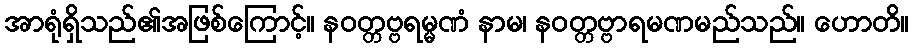
အာရုံရှိသည်၏အဖြစ်ကြောင့်။ နဝတ္တဗ္ဗရမ္မဏံ နာမ၊ နဝတ္တဗ္ဗာရမဏမည်သည်။ ဟောတိ။